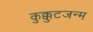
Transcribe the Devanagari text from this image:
कुक्कुटजन्म